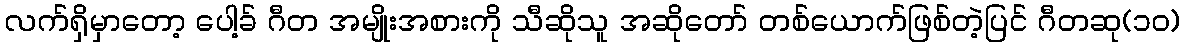
လက်ရှိမှာတော့ ပေါ့ခ် ဂီတ အမျိုးအစားကို သီဆိုသူ အဆိုတော် တစ်ယောက်ဖြစ်တဲ့ပြင် ဂီတဆု(၁၀)